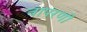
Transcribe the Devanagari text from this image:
वापरणी